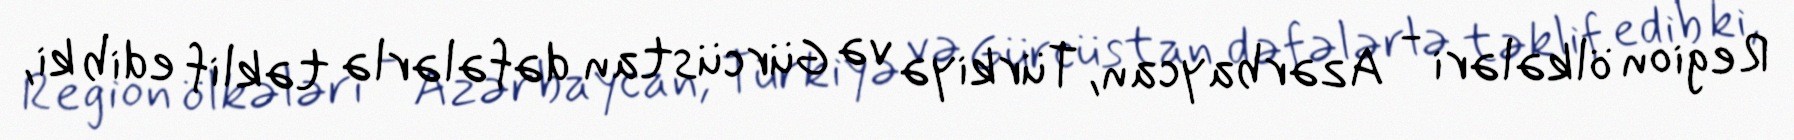
Region ölkələri - Azərbaycan, Türkiyə və Gürcüstan dəfələrlə təklif edib ki,